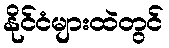
နိုင်ငံများထဲတွင်